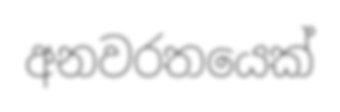
අනවරතයෙක්